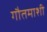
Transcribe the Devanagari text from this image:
गौतमाशी